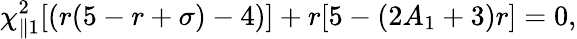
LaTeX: \chi_{\parallel 1}^{2}[(r(5-r+\sigma)-4)]+r[5-(2A_{1}+3)r]=0,